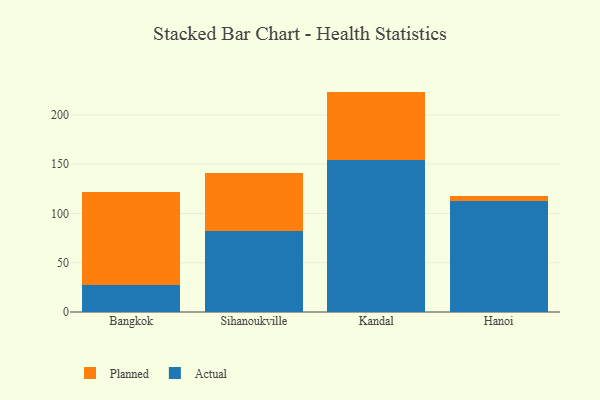
{"axis": {"x": "City", "y": "Waste Production (Tons)"}, "legend": ["Actual", "Planned"], "data": [{"x": "Bangkok", "y": 27.0, "type": "Actual"}, {"x": "Bangkok", "y": 94.8, "type": "Planned"}, {"x": "Sihanoukville", "y": 82.5, "type": "Actual"}, {"x": "Sihanoukville", "y": 58.8, "type": "Planned"}, {"x": "Kandal", "y": 153.9, "type": "Actual"}, {"x": "Kandal", "y": 69.7, "type": "Planned"}, {"x": "Hanoi", "y": 112.3, "type": "Actual"}, {"x": "Hanoi", "y": 5.4, "type": "Planned"}]}